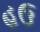
હઉ